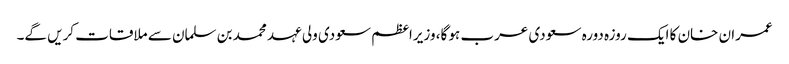
عمران خان کا ایک روزہ دورہ سعودی عرب ہو گا، وزیراعظم سعودی ولی عہد محمد بن سلمان سے ملاقات کریں گے۔